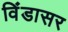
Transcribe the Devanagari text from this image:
विंडासर